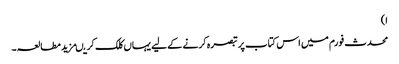
ا)
محدث فورم میں اس کتاب پر تبصرہ کرنے کے لیے یہاں کلک کریںمزید مطالعہ۔